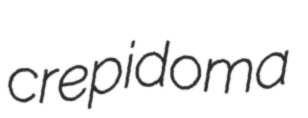
crepidoma